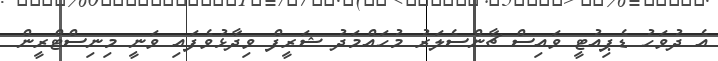
އެ ދުވަހު ޑެޕިއުޓީ ވައިސް ޗާންސެލަރު މުހައްމަދު ޝަރީފް ވިދާޅުވެފައި ވަނީ މިނިސްޓްރީން